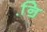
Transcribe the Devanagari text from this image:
नि़॒